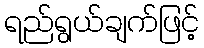
ရည်ရွယ်ချက်ဖြင့်